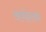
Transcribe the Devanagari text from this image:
अवहेलक